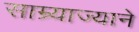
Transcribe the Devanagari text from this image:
साम्र्याज्याने